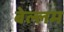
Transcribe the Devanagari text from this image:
बेल्लम